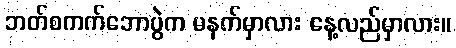
ဘတ်စကက်ဘောပွဲက မနက်မှာလား နေ့လည်မှာလား။